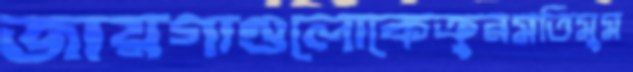
জায়গাগুলোকেক্রুরমতিমুম